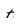
Character: t